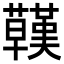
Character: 𧄊